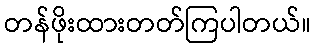
တန်ဖိုးထားတတ်ကြပါတယ်။